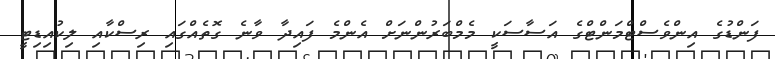
ފަންޑުގެ އިންވެސްޓްމަންޓްގެ އަސާސަކީ މެމްބަރުންނަށް އެންމެ ފައިދާ ވާނެ ގޮތެއްގައި ރިސްކާއި ލިކުއިޑިޓީ